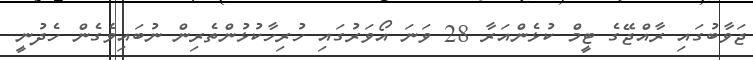
ޖަވާބުގައި ރާއްޖޭގެ ޓީމް ކުޅެންއަރާ 28 ވަނަ އޯވަރުގައި ހުރިހާކުޅުންތެރިން ނުބައިވެގެން ހެދުނީ